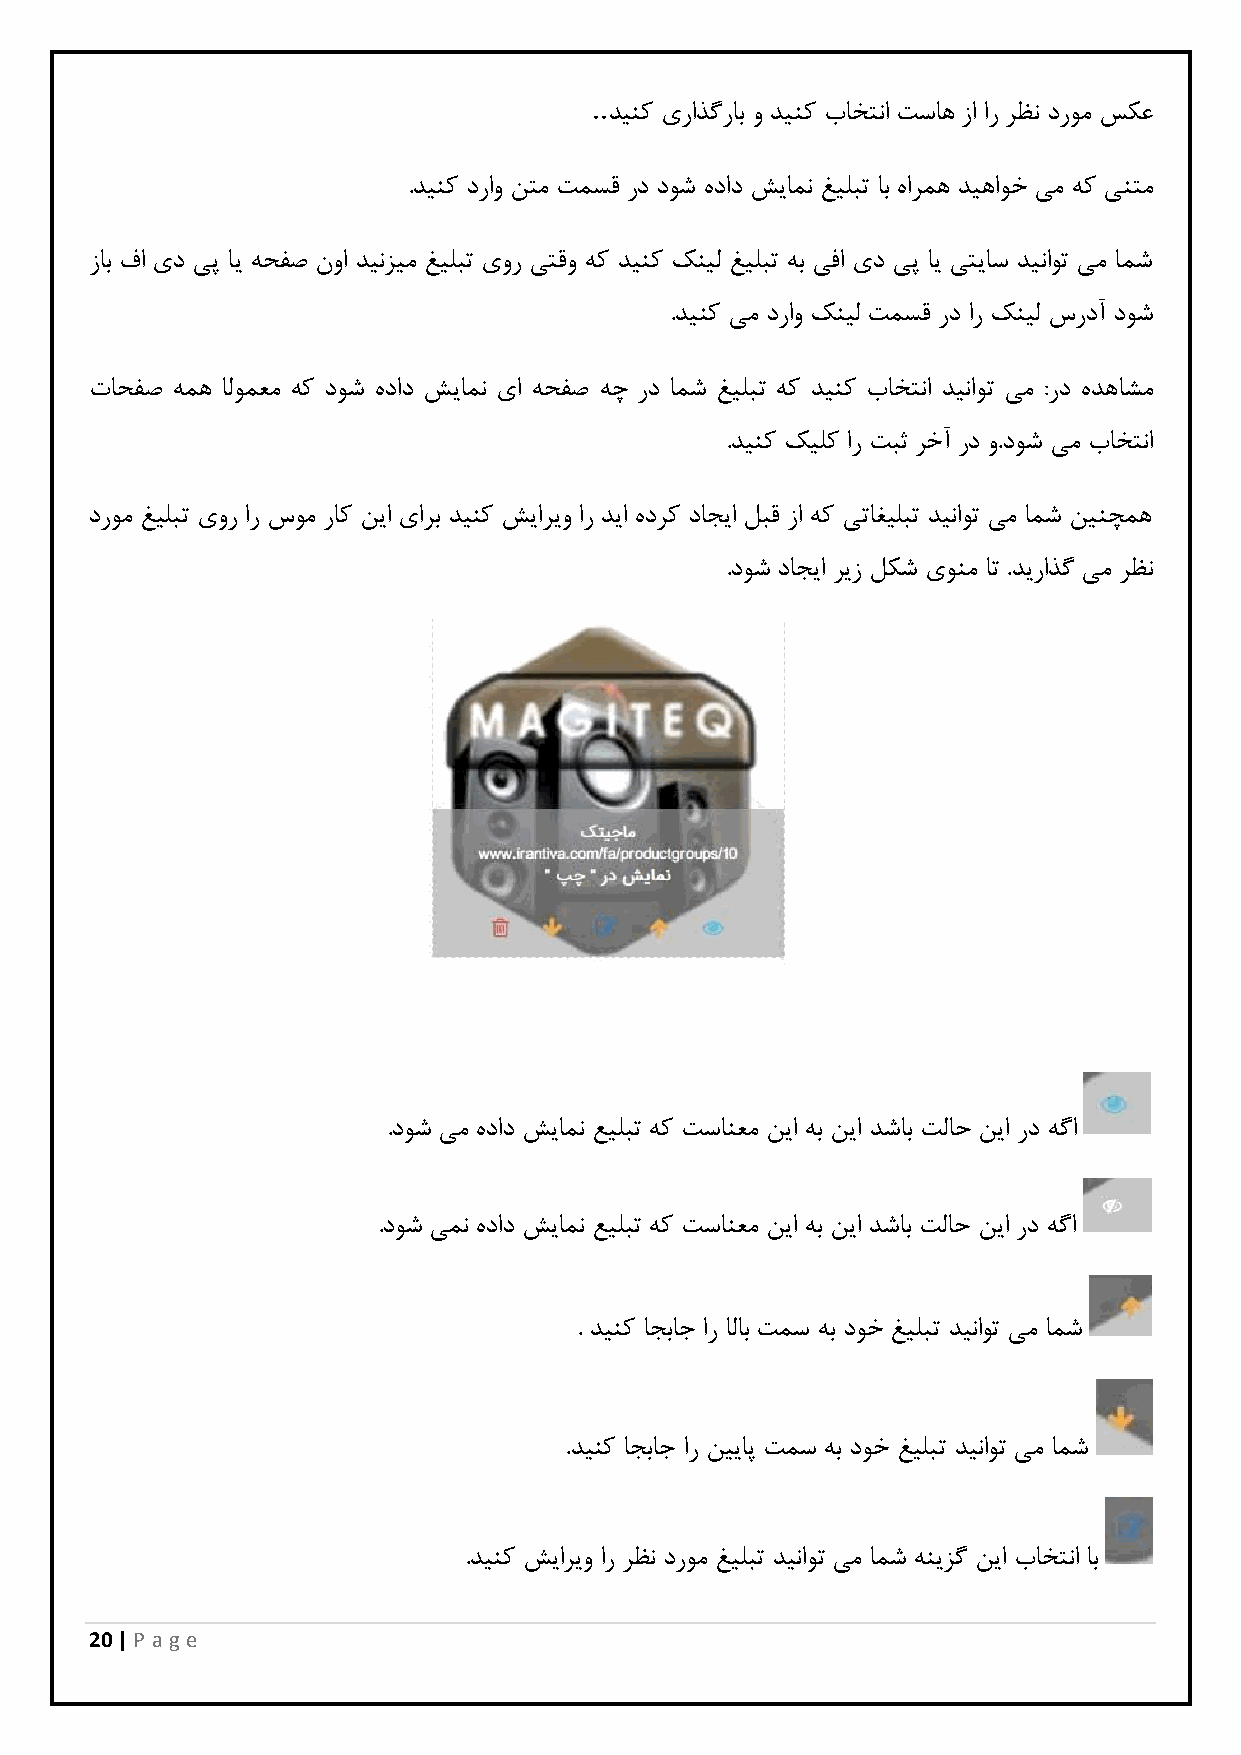
..
 دینک یراذگراب و دینک باختنا تساه زا ار رظن دروم سکع
 .دینک دراو نتم تمسق رد دوش هداد شیامن غیلبت اب هارمه دیهاوخ یم هک ینتم
 زاب فا ید یپ ای هحفص نوا دینزیم غیلبت یور یتقو هک دینک کنیل غیلبت هب یفا ید یپ ای یتیاس دیناوت یم امش
 .دینک یم دراو کنیل تمسق رد ار کنیل سردآ دوش
 تاحفص همه الومعم هک دوش هداد شیامن یا هحفص هچ رد امش غیلبت هک دینک باختنا دیناوت یم :رد هدهاشم
 .دینک کیلک ار تبث رخآ رد و.دوش یم باختنا
 دروم غیلبت یور ار سوم راک نیا یارب دینک شیاریو ار دیا هدرک داجیا لبق زا هک یتاغیلبت دیناوت یم امش نینچمه
 .دوش داجیا ریز لکش یونم ات .دیراذگ یم رظن
 .دوش یم هداد شیامن عیلبت هک تسانعم نیا هب نیا دشاب تلاح نیا رد هگا
 .دوش یمن هداد شیامن عیلبت هک تسانعم نیا هب نیا دشاب تلاح نیا رد هگا
 . دینک اجباج ار الاب تمس هب دوخ غیلبت دیناوت یم امش
 .دینک اجباج ار نییاپ تمس هب دوخ غیلبت دیناوت یم امش
 .دینک شیاریو ار رظن دروم غیلبت دیناوت یم امش هنیزگ نیا باختنا اب
 20 | P age